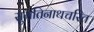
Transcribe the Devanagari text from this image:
सुमतिनाथचरित